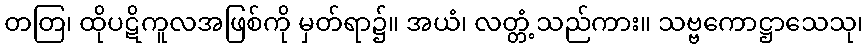
တတြ၊ ထိုပဋိကူလအဖြစ်ကို မှတ်ရာ၌။ အယံ၊ လတ္တံ့သည်ကား။ သဗ္ဗကောဋ္ဌာသေသု၊